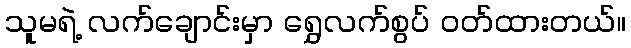
သူမရဲ့ လက်ချောင်းမှာ ရွှေလက်စွပ် ဝတ်ထားတယ်။